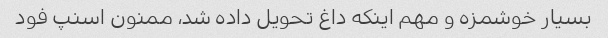
بسیار خوشمزه و مهم اینکه داغ تحویل داده شد، ممنون اسنپ فود